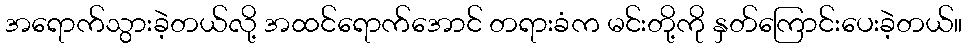
အရောက်သွားခဲ့တယ်လို့ အထင်ရောက်အောင် တရားခံက မင်းတို့ကို နှတ်ကြောင်းပေးခဲ့တယ်။